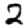
Digit: 2